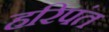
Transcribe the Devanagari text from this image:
हरिपंत